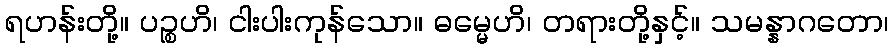
ရဟန်းတို့။ ပဉ္စဟိ၊ ငါးပါးကုန်သော။ ဓမ္မေဟိ၊ တရားတို့နှင့်။ သမန္နာဂတော၊